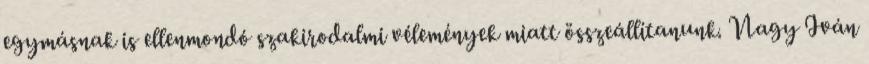
egymásnak is ellenmondó szakirodalmi vélemények miatt összeállítanunk. Nagy Iván